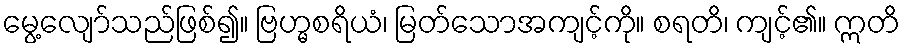
မွေ့လျော်သည်ဖြစ်၍။ ဗြဟ္မစရိယံ၊ မြတ်သောအကျင့်ကို။ စရတိ၊ ကျင့်၏။ ဣတိ